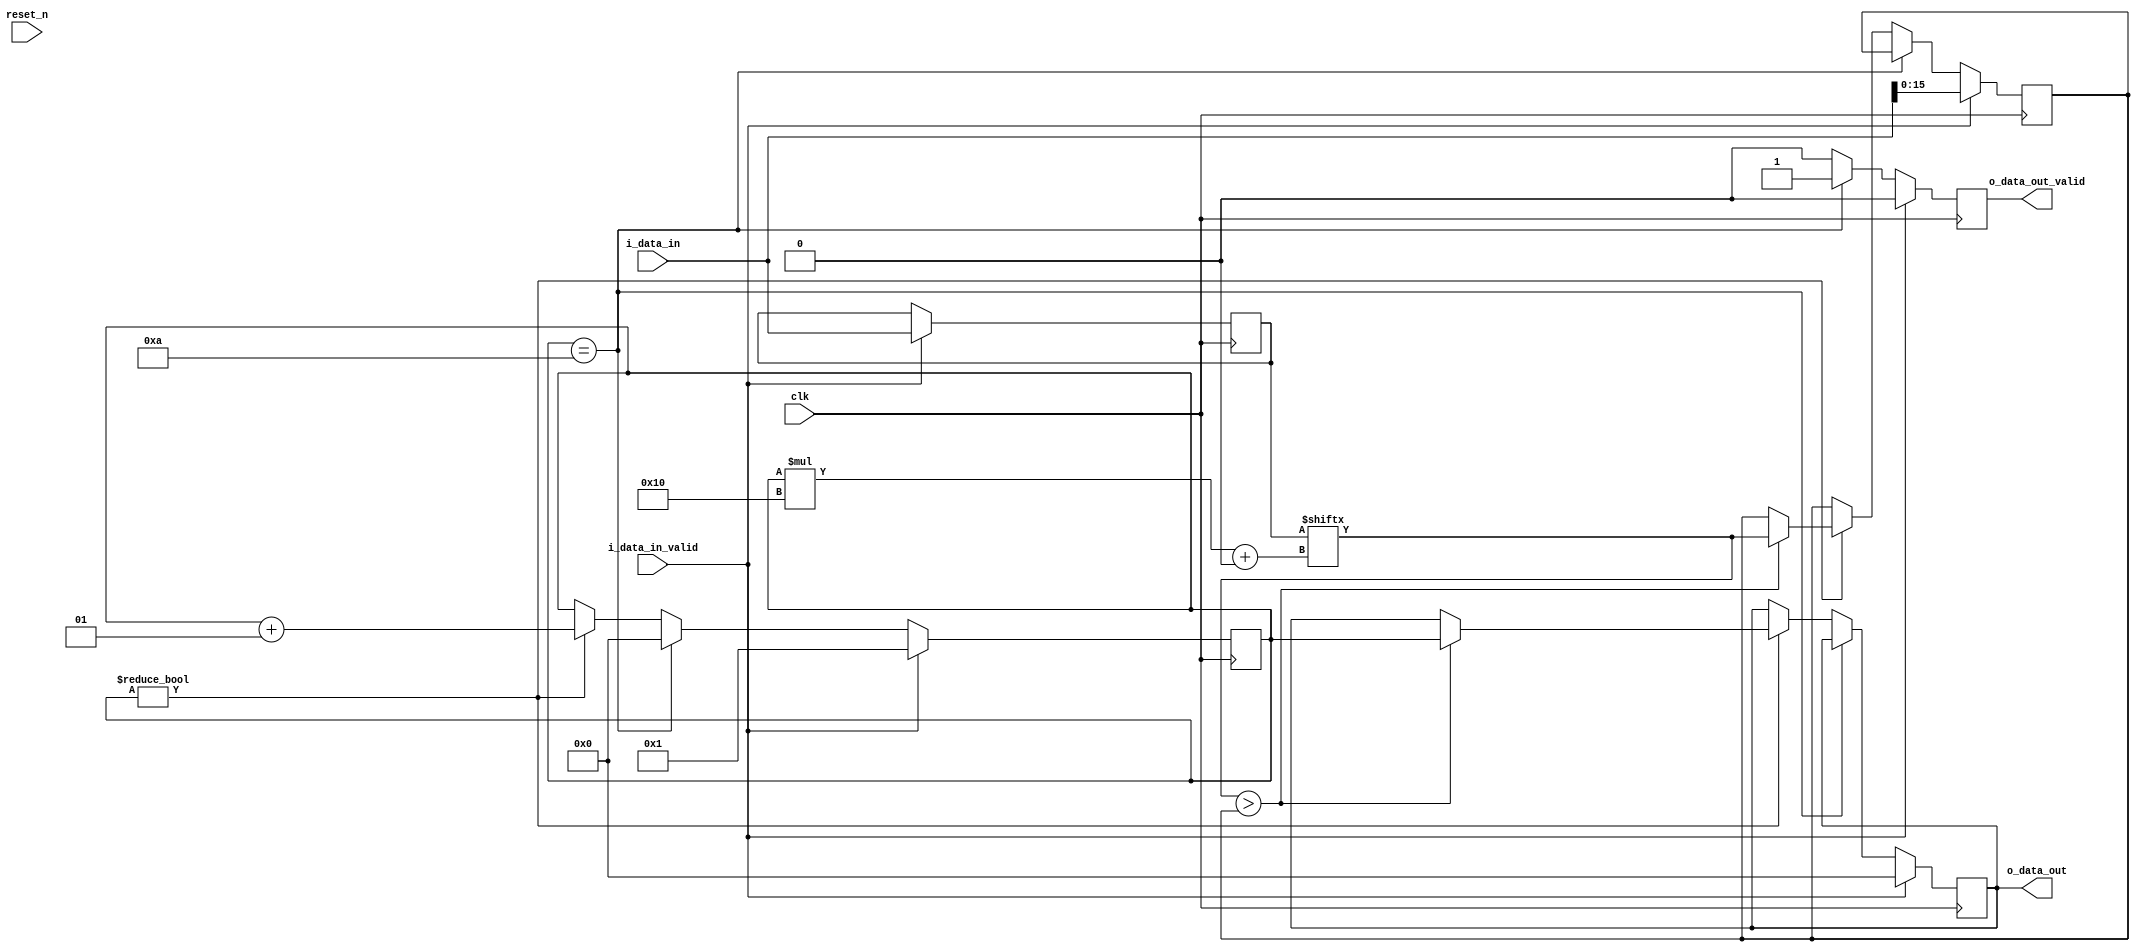
module max_finder #(parameter INPUTS_NUM=10, parameter INPUT_WIDTH=16)(
    input clk,
    input reset_n,
    input [(INPUTS_NUM*INPUT_WIDTH)-1:0] i_data_in,
    input i_data_in_valid,
    output reg [31:0] o_data_out,
    output reg o_data_out_valid
    );
    reg [(INPUTS_NUM*INPUT_WIDTH)-1:0] data_buffer;
    reg [INPUT_WIDTH-1:0] max_value;
    integer counter;
    always @(posedge clk)
    begin
        o_data_out_valid <= 0;
        if(i_data_in_valid)
        begin
            max_value <= i_data_in[INPUT_WIDTH-1:0];
            counter <= 1;
            data_buffer<=i_data_in;
            o_data_out<=0;
        end
        else if(counter== INPUTS_NUM)
        begin
            counter<=0;
            o_data_out_valid <= 1;
        end
        else if(counter!=0)
        begin
            counter<=counter+1;
            if(data_buffer[(counter*INPUT_WIDTH)+:INPUT_WIDTH]>max_value)
            begin
                max_value<=data_buffer[(counter*INPUT_WIDTH)+:INPUT_WIDTH];
                o_data_out<=counter;
            end
        end
    end
endmodule